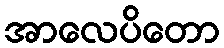
အာလေပိတော